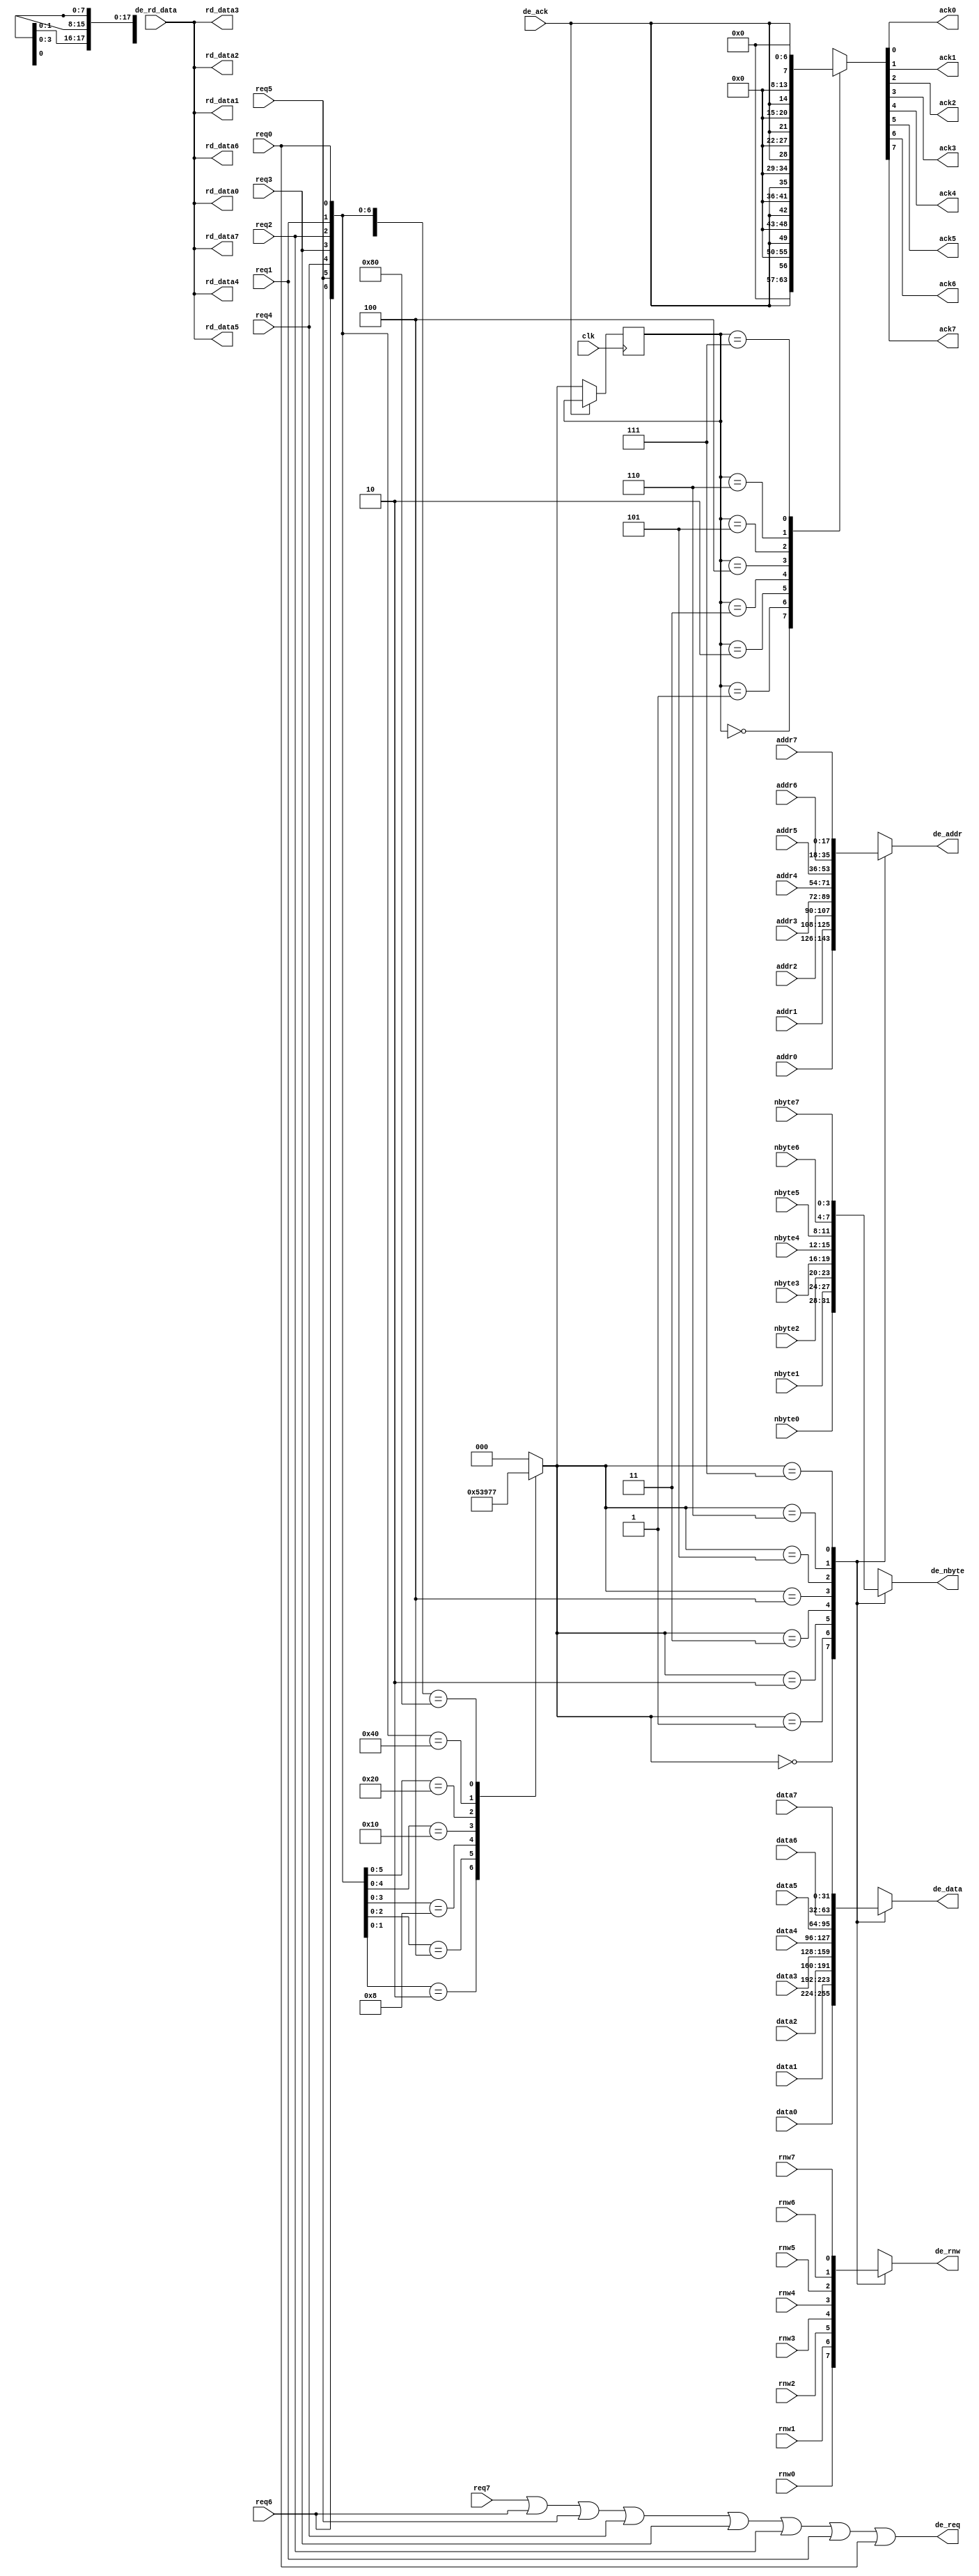
//Verilog HDL for "COMP32211", "drawing_mux" "functional"

`define TPD 2

module drawing_mux_8(   input  wire        clk,
		    input  wire        req0,
		    output wire        ack0,
		    input  wire        rnw0,
		    input  wire [17:0] addr0,
		    input  wire  [3:0] nbyte0,
		    input  wire [31:0] data0,
		    output wire [31:0] rd_data0,
		    input  wire        req1,
		    output wire        ack1,
		    input  wire        rnw1,
		    input  wire [17:0] addr1,
		    input  wire  [3:0] nbyte1,
		    input  wire [31:0] data1,
		    output wire [31:0] rd_data1,
		    input  wire        req2,
		    output wire        ack2,
		    input  wire        rnw2,
		    input  wire [17:0] addr2,
		    input  wire  [3:0] nbyte2,
		    input  wire [31:0] data2,
		    output wire [31:0] rd_data2,
		    input  wire        req3,
		    output wire        ack3,
		    input  wire        rnw3,
		    input  wire [17:0] addr3,
		    input  wire  [3:0] nbyte3,
		    input  wire [31:0] data3,
		    output wire [31:0] rd_data3,
		    input  wire        req4,
		    output wire        ack4,
		    input  wire        rnw4,
		    input  wire [17:0] addr4,
		    input  wire  [3:0] nbyte4,
		    input  wire [31:0] data4,
		    output wire [31:0] rd_data4,
		    input  wire        req5,
		    output wire        ack5,
		    input  wire        rnw5,
		    input  wire [17:0] addr5,
		    input  wire  [3:0] nbyte5,
		    input  wire [31:0] data5,
		    output wire [31:0] rd_data5,
		    input  wire        req6,
		    output wire        ack6,
		    input  wire        rnw6,
		    input  wire [17:0] addr6,
		    input  wire  [3:0] nbyte6,
		    input  wire [31:0] data6,
		    output wire [31:0] rd_data6,
		    input  wire        req7,
		    output wire        ack7,
		    input  wire        rnw7,
		    input  wire [17:0] addr7,
		    input  wire  [3:0] nbyte7,
		    input  wire [31:0] data7,
		    output wire [31:0] rd_data7,
		    output wire        de_req,
		    input  wire        de_ack,
		    output wire        de_rnw,
		    output wire [17:0] de_addr,
		    output wire  [3:0] de_nbyte,
		    output wire [31:0] de_data,
		    input  wire [31:0] de_rd_data);

reg  [2:0] pending_req;
reg  [2:0] current_req;
reg  [7:0] current_ack;

reg        mux_rnw;
reg [17:0] mux_addr;
reg  [3:0] mux_nbyte;
reg [31:0] mux_data;

assign #`TPD de_req = req7 | req6 | req5 | req4 | req3 | req2 | req1 | req0;
assign #`TPD ack7 = current_ack[7];
assign #`TPD ack6 = current_ack[6];
assign #`TPD ack5 = current_ack[5];
assign #`TPD ack4 = current_ack[4];
assign #`TPD ack3 = current_ack[3];
assign #`TPD ack2 = current_ack[2];
assign #`TPD ack1 = current_ack[1];
assign #`TPD ack0 = current_ack[0];
assign #`TPD de_rnw   = mux_rnw;
assign #`TPD de_addr  = mux_addr;	/* Delay here because of apparent     */
assign #`TPD de_nbyte = mux_nbyte;	/* Cadence simulation bug if delay in */
assign #`TPD de_data  = mux_data;	/* original assignment.               */

assign #`TPD rd_data0 = de_rd_data;
assign #`TPD rd_data1 = de_rd_data;
assign #`TPD rd_data2 = de_rd_data;
assign #`TPD rd_data3 = de_rd_data;
assign #`TPD rd_data4 = de_rd_data;
assign #`TPD rd_data5 = de_rd_data;
assign #`TPD rd_data6 = de_rd_data;
assign #`TPD rd_data7 = de_rd_data;

always @ (req7, req6, req5, req4, req3, req2, req1, req0)
casex ({req7, req6, req5, req4, req3, req2, req1, req0})
  8'bxxxx_xxx1: pending_req = 0;
  8'bxxxx_xx10: pending_req = 1;
  8'bxxxx_x100: pending_req = 2;
  8'bxxxx_1000: pending_req = 3;
  8'bxxx1_0000: pending_req = 4;
  8'bxx10_0000: pending_req = 5;
  8'bx100_0000: pending_req = 6;
  8'b1000_0000: pending_req = 7;
  default: pending_req = 0;
endcase


/* N.B. If incoming requests are not mutually exclusive then multiplexers may */
/* glitch as forward path has no latches.  Not fixable in isolation due to    */
/* input race between requests and de_ack.  Outputs must be set up in time    */
/* to be latched into memory driver.                                          */

always @ (pending_req, addr0, nbyte0, data0, addr1, nbyte1, data1,
                       addr2, nbyte2, data2, addr3, nbyte3, data3,
                       addr4, nbyte4, data4, addr5, nbyte5, data5,
                       addr6, nbyte6, data6, addr7, nbyte7, data7)
case (pending_req)
  0: begin			// Highest priority channel
     mux_rnw   = rnw0;
     mux_addr  = addr0;
     mux_nbyte = nbyte0;
     mux_data  = data0;
     end
  1: begin
     mux_rnw   = rnw1;
     mux_addr  = addr1;
     mux_nbyte = nbyte1;
     mux_data  = data1;
     end
  2: begin
     mux_rnw   = rnw2;
     mux_addr  = addr2;
     mux_nbyte = nbyte2;
     mux_data  = data2;
     end
  3: begin
     mux_rnw   = rnw3;
     mux_addr  = addr3;
     mux_nbyte = nbyte3;
     mux_data  = data3;
     end
  4: begin
     mux_rnw   = rnw4;
     mux_addr  = addr4;
     mux_nbyte = nbyte4;
     mux_data  = data4;
     end
  5: begin
     mux_rnw   = rnw5;
     mux_addr  = addr5;
     mux_nbyte = nbyte5;
     mux_data  = data5;
     end
  6: begin
     mux_rnw   = rnw6;
     mux_addr  = addr6;
     mux_nbyte = nbyte6;
     mux_data  = data6;
     end
  7: begin
     mux_rnw   = rnw7;
     mux_addr  = addr7;
     mux_nbyte = nbyte7;
     mux_data  = data7;
     end
  default: begin
     mux_rnw   = 1'b0;
     mux_addr  = 18'hxxxxx;
     mux_nbyte = 4'hf;
     mux_data  = 32'hxxxxxxxx;
     end
endcase


always @ (posedge clk)		// Hold requests to direct ack correctly
if (!de_ack) current_req <= pending_req;

always @ (de_ack, current_req)
case (current_req)
  0: current_ack = {1'b0, 1'b0, 1'b0, 1'b0, 1'b0, 1'b0, 1'b0, de_ack};
  1: current_ack = {1'b0, 1'b0, 1'b0, 1'b0, 1'b0, 1'b0, de_ack, 1'b0};
  2: current_ack = {1'b0, 1'b0, 1'b0, 1'b0, 1'b0, de_ack, 1'b0, 1'b0};
  3: current_ack = {1'b0, 1'b0, 1'b0, 1'b0, de_ack, 1'b0, 1'b0, 1'b0};
  4: current_ack = {1'b0, 1'b0, 1'b0, de_ack, 1'b0, 1'b0, 1'b0, 1'b0};
  5: current_ack = {1'b0, 1'b0, de_ack, 1'b0, 1'b0, 1'b0, 1'b0, 1'b0};
  6: current_ack = {1'b0, de_ack, 1'b0, 1'b0, 1'b0, 1'b0, 1'b0, 1'b0};
  7: current_ack = {de_ack, 1'b0, 1'b0, 1'b0, 1'b0, 1'b0, 1'b0, 1'b0};
  default: current_ack = 8'b00000000;
endcase

endmodule